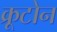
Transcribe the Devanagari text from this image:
क्रूटोन